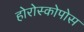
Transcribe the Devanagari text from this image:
होरोस्कोपोस